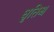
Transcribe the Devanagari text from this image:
धृतिश्च